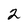
Character: 2